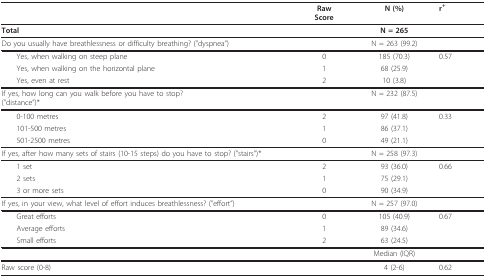
<table><thead><tr><td></td><td><b>RawScore</b></td><td><b>N (%)</b></td><td><b>r<sup>+</sup></b></td></tr></thead><tbody><tr><td> <b>Total</b></td><td></td><td><b>N = 265</b></td><td></td></tr><tr><td>Do you usually have breathlessness or difficulty breathing? (&quot;dyspnea&quot;)</td><td></td><td>N = 263 (99.2)</td><td></td></tr><tr><td> Yes, when walking on steep plane</td><td>0</td><td>185 (70.3)</td><td>0.57</td></tr><tr><td> Yes, when walking on the horizontal plane</td><td>1</td><td>68 (25.9)</td><td></td></tr><tr><td> Yes, even at rest</td><td>2</td><td>10 (3.8)</td><td></td></tr><tr><td>If yes, how long can you walk before you have to stop?(&quot;distance&quot;)*</td><td></td><td>N = 232 (87.5)</td><td></td></tr><tr><td> 0-100 metres</td><td>2</td><td>97 (41.8)</td><td>0.33</td></tr><tr><td> 101-500 metres</td><td>1</td><td>86 (37.1)</td><td></td></tr><tr><td> 501-2500 metres</td><td>0</td><td>49 (21.1)</td><td></td></tr><tr><td>If yes, after how many sets of stairs (10-15 steps) do you have to stop? (&quot;stairs&quot;)*</td><td></td><td>N = 258 (97.3)</td><td></td></tr><tr><td> 1 set</td><td>2</td><td>93 (36.0)</td><td>0.66</td></tr><tr><td> 2 sets</td><td>1</td><td>75 (29.1)</td><td></td></tr><tr><td> 3 or more sets</td><td>0</td><td>90 (34.9)</td><td></td></tr><tr><td>If yes, in your view, what level of effort induces breathlessness? (&quot;effort&quot;)</td><td></td><td>N = 257 (97.0)</td><td></td></tr><tr><td> Great efforts</td><td>0</td><td>105 (40.9)</td><td>0.67</td></tr><tr><td> Average efforts</td><td>1</td><td>89 (34.6)</td><td></td></tr><tr><td> Small efforts</td><td>2</td><td>63 (24.5)</td><td></td></tr><tr><td></td><td></td><td>Median (IQR)</td><td></td></tr><tr><td>Raw score (0-8)</td><td></td><td>4 (2-6)</td><td>0.62</td></tr></tbody></table>